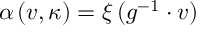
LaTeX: \alpha \, ( v , \kappa ) = \xi \, ( g ^ { - 1 } \cdot v )